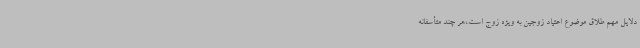
دلایل مهم طلاق موضوع اعتیاد زوجین به ویژه زوج است،هر چند متأسفانه